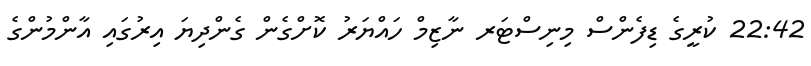
22:42 ކުރީގެ ޑިފެންސް މިނިސްޓަރ ނާޒިމް ހައްޔަރު ކޮށްގެން ގެންދިޔަ އިރުގައި އާންމުންގެ